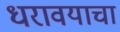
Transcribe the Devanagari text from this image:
धरावयाचा